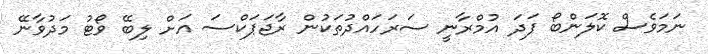
ނަަމަވެސް ކޮލަންބޯ ފަދަ އުމްރާނީ ސަރަހައްދުތަކުން ރާޖަޕަކްސަ އަށް ލިބޭ ވޯޓު މަދުވާނޭ